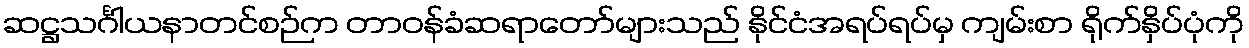
ဆဋ္ဌသင်္ဂါယနာတင်စဉ်က တာဝန်ခံဆရာတော်များသည် နိုင်ငံအရပ်ရပ်မှ ကျမ်းစာ ရိုက်နှိပ်ပုံကို